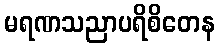
မရဏသညာပရိစိတေန